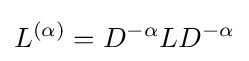
L^{(\alpha )}=D^{-\alpha }LD^{-\alpha }